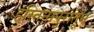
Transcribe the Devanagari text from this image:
हस्तिनापुरातून